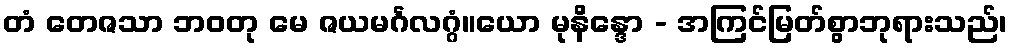
တံ တေဇသာ ဘဝတု မေ ဇယမင်္ဂလဂ္ဂံ။ယော မုနိန္ဒော - အကြင်မြတ်စွာဘုရားသည်၊